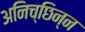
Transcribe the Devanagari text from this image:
अनिच्छिन्न